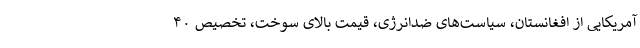
آمریکایی از افغانستان، سیاست‌های ضدانرژی، قیمت بالای سوخت، تخصیص ۴۰